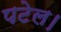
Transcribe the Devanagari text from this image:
पटेल।